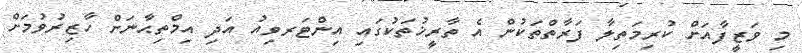
މި ވަޒީފާއަށް ކުރިމަތިލާ ފަރާތްތަކުން އެ ތާރީޚުތަކުގައި އިންޓަރވިއު އަދި އިމްތިޙާނަށް ހާޒިރުވުމަށް